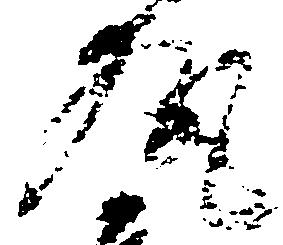
執